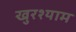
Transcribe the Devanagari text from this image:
खुरश्याम